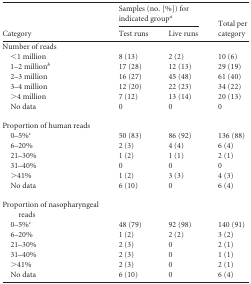
<table><thead><tr><td rowspan="2"><b>Category</b></td><td colspan="2"><b>Samples (no. [%]) for indicated group<sup><i>a</i></sup></b></td><td rowspan="2"><b>Total per category</b></td></tr><tr><td><b>Test runs</b></td><td><b>Live runs</b></td></tr></thead><tbody><tr><td>Number of reads</td><td></td><td></td><td></td></tr><tr><td>&lt;1 million</td><td>8 (13)</td><td>2 (2)</td><td>10 (6)</td></tr><tr><td>1–2 million<sup><i>b</i></sup></td><td>17 (28)</td><td>12 (13)</td><td>29 (19)</td></tr><tr><td>2–3 million</td><td>16 (27)</td><td>45 (48)</td><td>61 (40)</td></tr><tr><td>3–4 million</td><td>12 (20)</td><td>22 (23)</td><td>34 (22)</td></tr><tr><td>&gt;4 million</td><td>7 (12)</td><td>13 (14)</td><td>20 (13)</td></tr><tr><td>No data</td><td>0</td><td>0</td><td>0</td></tr><tr><td>Proportion of human reads</td><td></td><td></td><td></td></tr><tr><td>0–5%<sup><i>c</i></sup></td><td>50 (83)</td><td>86 (92)</td><td>136 (88)</td></tr><tr><td>6–20%</td><td>2 (3)</td><td>4 (4)</td><td>6 (4)</td></tr><tr><td>21–30%</td><td>1 (2)</td><td>1 (1)</td><td>2 (1)</td></tr><tr><td>31–40%</td><td>0</td><td>0</td><td>0</td></tr><tr><td>&gt;41%</td><td>1 (2)</td><td>3 (3)</td><td>4 (3)</td></tr><tr><td>No data</td><td>6 (10)</td><td>0</td><td>6 (4)</td></tr><tr><td>Proportion of nasopharyngeal reads</td><td></td><td></td><td></td></tr><tr><td>0–5%<sup><i>c</i></sup></td><td>48 (79)</td><td>92 (98)</td><td>140 (91)</td></tr><tr><td>6–20%</td><td>1 (2)</td><td>2 (2)</td><td>3 (2)</td></tr><tr><td>21–30%</td><td>2 (3)</td><td>0</td><td>2 (1)</td></tr><tr><td>31–40%</td><td>2 (3)</td><td>0</td><td>1 (1)</td></tr><tr><td>&gt;41%</td><td>2 (3)</td><td>0</td><td>2 (1)</td></tr><tr><td>No data</td><td>6 (10)</td><td>0</td><td>6 (4)</td></tr></tbody></table>